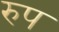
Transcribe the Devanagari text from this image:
रुप